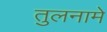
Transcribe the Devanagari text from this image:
तुलनामे